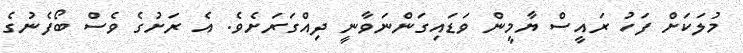
މުލަކަށް ފަހު ރައީސް ޔާމީން ވަޑައިގަންނަވާނީ ދިއްގަރަށެވެ. އެ ރަށުގެ ވެސް ބޯފެނުގެ